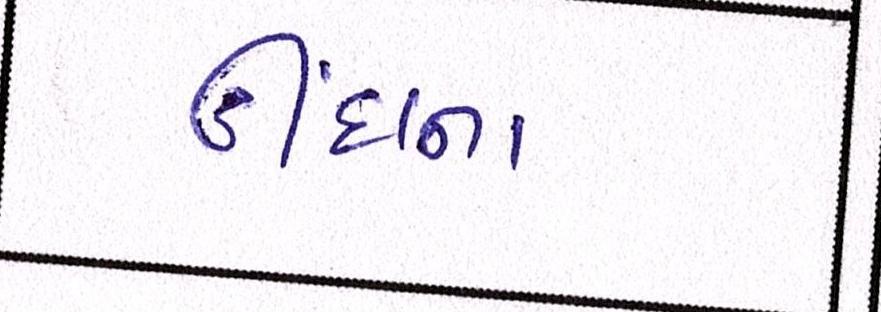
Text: ઊંઘના